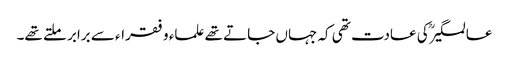
عالمگیرؒ کی عادت تھی کہ جہاں جاتے تھے علماء و فقراء سے برابر ملتے تھے۔